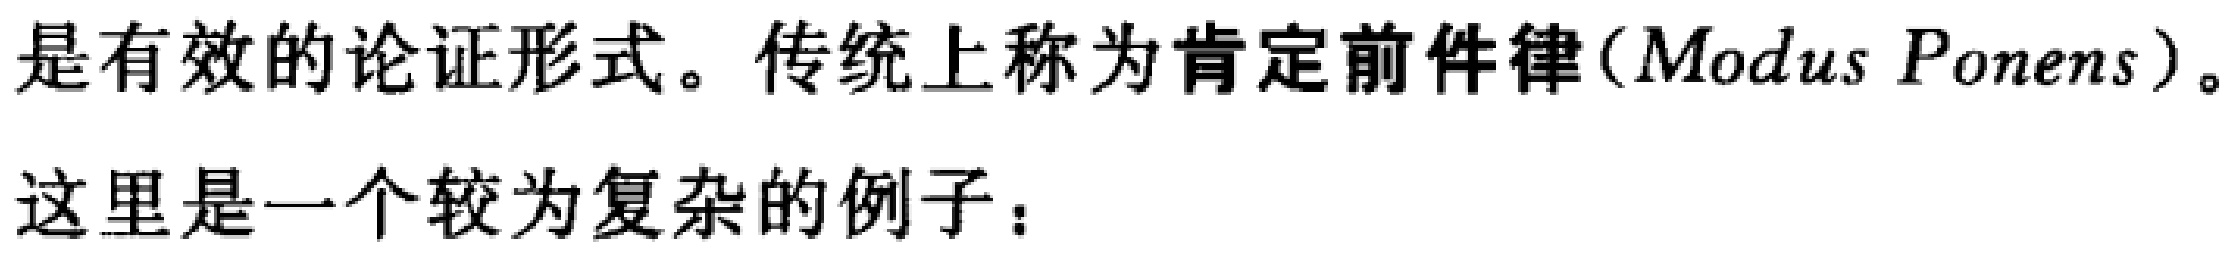
是有效的论证形式。传统上称为肯定前件律(Modus Ponens)。
这里是一个较为复杂的例子：